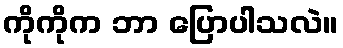
ကိုကိုက ဘာ ပြောပါသလဲ။